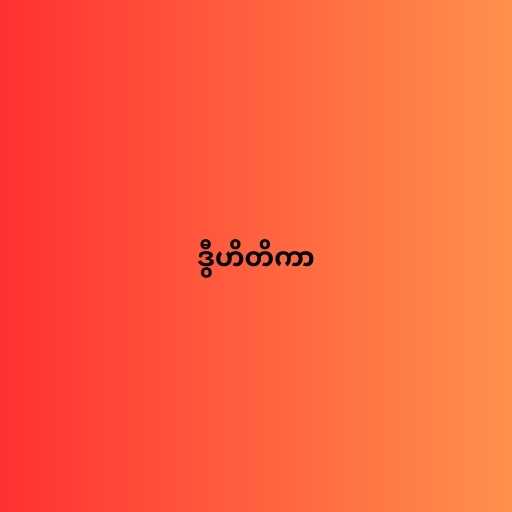
ဒွီဟိတိကာ